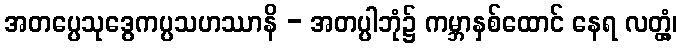
အတပ္ပေသုဒွေကပ္ပသဟဿာနိ - အတပ္ပါဘုံ၌ ကမ္ဘာနှစ်ထောင် နေရ လတ္တံ့၊